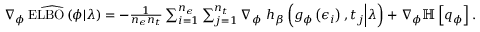
\begin{array} { r } { \widehat { \nabla _ { \phi } \operatorname { E L B O } \left( \phi \vert \lambda \right) } = - \frac { 1 } { n _ { \epsilon } n _ { t } } \sum _ { i = 1 } ^ { n _ { \epsilon } } \sum _ { j = 1 } ^ { n _ { t } } \nabla _ { \phi } \ h _ { \beta } \left( g _ { \phi } \left( \epsilon _ { i } \right) , t _ { j } \Big \vert \lambda \right) + \nabla _ { \phi } \mathbb { H } \left[ q _ { \phi } \right] . } \end{array}